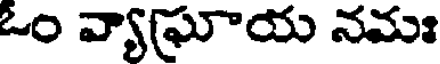
ఓం వ్యాఘాయ నమః